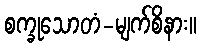
စက္ခုသောတံ-မျက်စိနား။